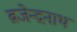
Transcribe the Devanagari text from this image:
ब्रजेन्द्रनाथ